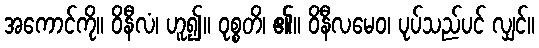
အကောင်ကို။ ဝိနီလံ၊ ဟူ၍။ ဝုစ္စတိ၊ ၏။ ဝိနီလမေဝ၊ ပုပ်သည်ပင် လျှင်။